Vaccination North-Western Provinces and Oudh 1878-1895 - 1878-1895
Year: 1878
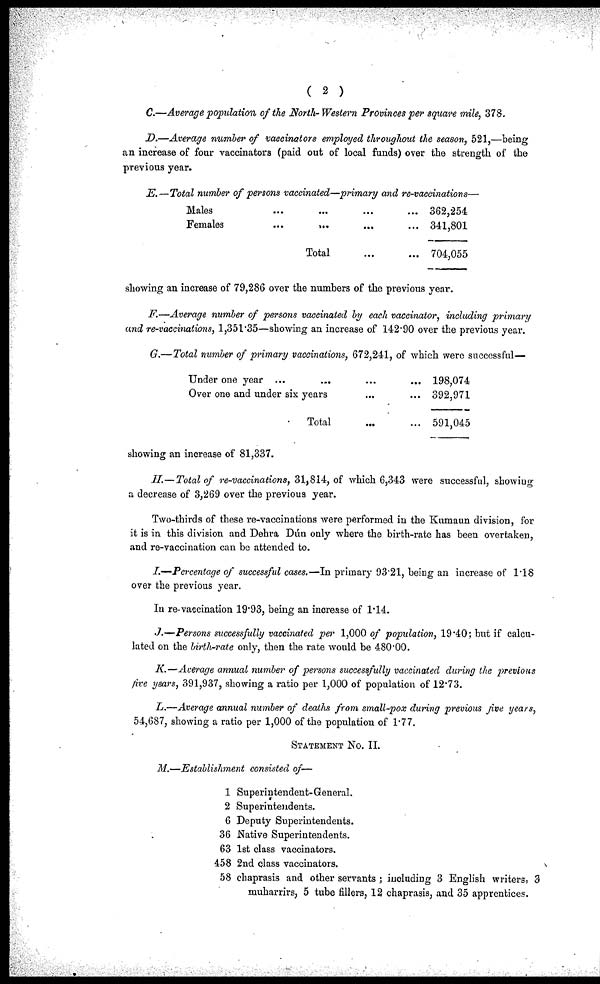
( 2 )
C.—Average population of the North- Western Provinces per square mile, 378.
D.—Average number of vaccinators employed throughout the season, 521,—being
an increase of four vaccinators (paid out of local funds) over the strength of the
previous year.
E.—Total number of persons vaccinated—primary and re-vaccinations—
Males ... ... ... ...
Females
...
...
...
...
Total ... ...
362,254
341,801
704,055
showing an increase of 79,286 over the numbers of the previous year.
F.—Average number of persons vaccinated by each vaccinator, including primary
and re-vaccinations, 1,351.35—showing an increase of 142.90 over the previous year.
G.—Total number of primary vaccinations, 672,241, of which were successful—
Under one year ... ... ... ...
Over one and under six years ... ...
Total ... ...
198,074
392,971
591,045
showing an increase of 81,337.
H.—Total of re-vaccinations, 31,814, of which 6,343 were successful, showing
a decrease of 3,269 over the previous year.
Two-thirds of these re-vaccinations were performed in the Kumaun division, for
it is in this division and Dehra Dún only where the birth-rate has been overtaken,
and re-vaccination can be attended to.
I.—Percentage of successful cases.—In primary 93.21, being an increase of 1.18
over the previous year.
In re-vaccination 19.93, being an increase of 1.14.
J.—Persons successfully vaccinated per 1,000 of population, 19.40; but if calcu-
lated on the birth-rate only, then the rate would be 480.00.
K.—Average annual number of persons successfully vaccinated during the previous
five years, 391,937, showing a ratio per 1,000 of population of 12.73.
L.—Average annual number of deaths from small-pox during previous five years,
54,687, showing a ratio per 1,000 of the population of 1.77.
STATEMENT No. II.
M.—Establishment consisted of—
1 Superintendent-General.
2 Superintendents.
6 Deputy Superintendents.
36 Native Superintendents.
63 1st class vaccinators.
458 2nd class vaccinators.
58 chaprasis and other servants ; including 3 English writers. 3
muharrirs, 5 tube fillers, 12 chaprasis, and 35 apprentices.